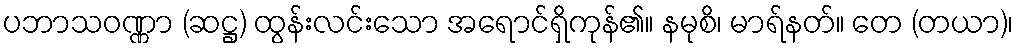
ပဘာသဝဏ္ဏာ (ဆဋ္ဌ) ထွန်းလင်းသော အရောင်ရှိကုန်၏။ နမုစိ၊ မာရ်နတ်။ တေ (တယာ)၊